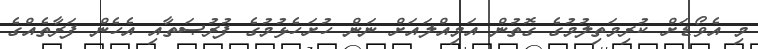
މި އެވޯޑަށް ކުރިމަތިލުމުގެ ގޮތުން އަމިއްލައަށް ނަން ހުށަހެޅުމުގެ ފުރުޞަތާއި އެހެން ފަރާތެއްގެ